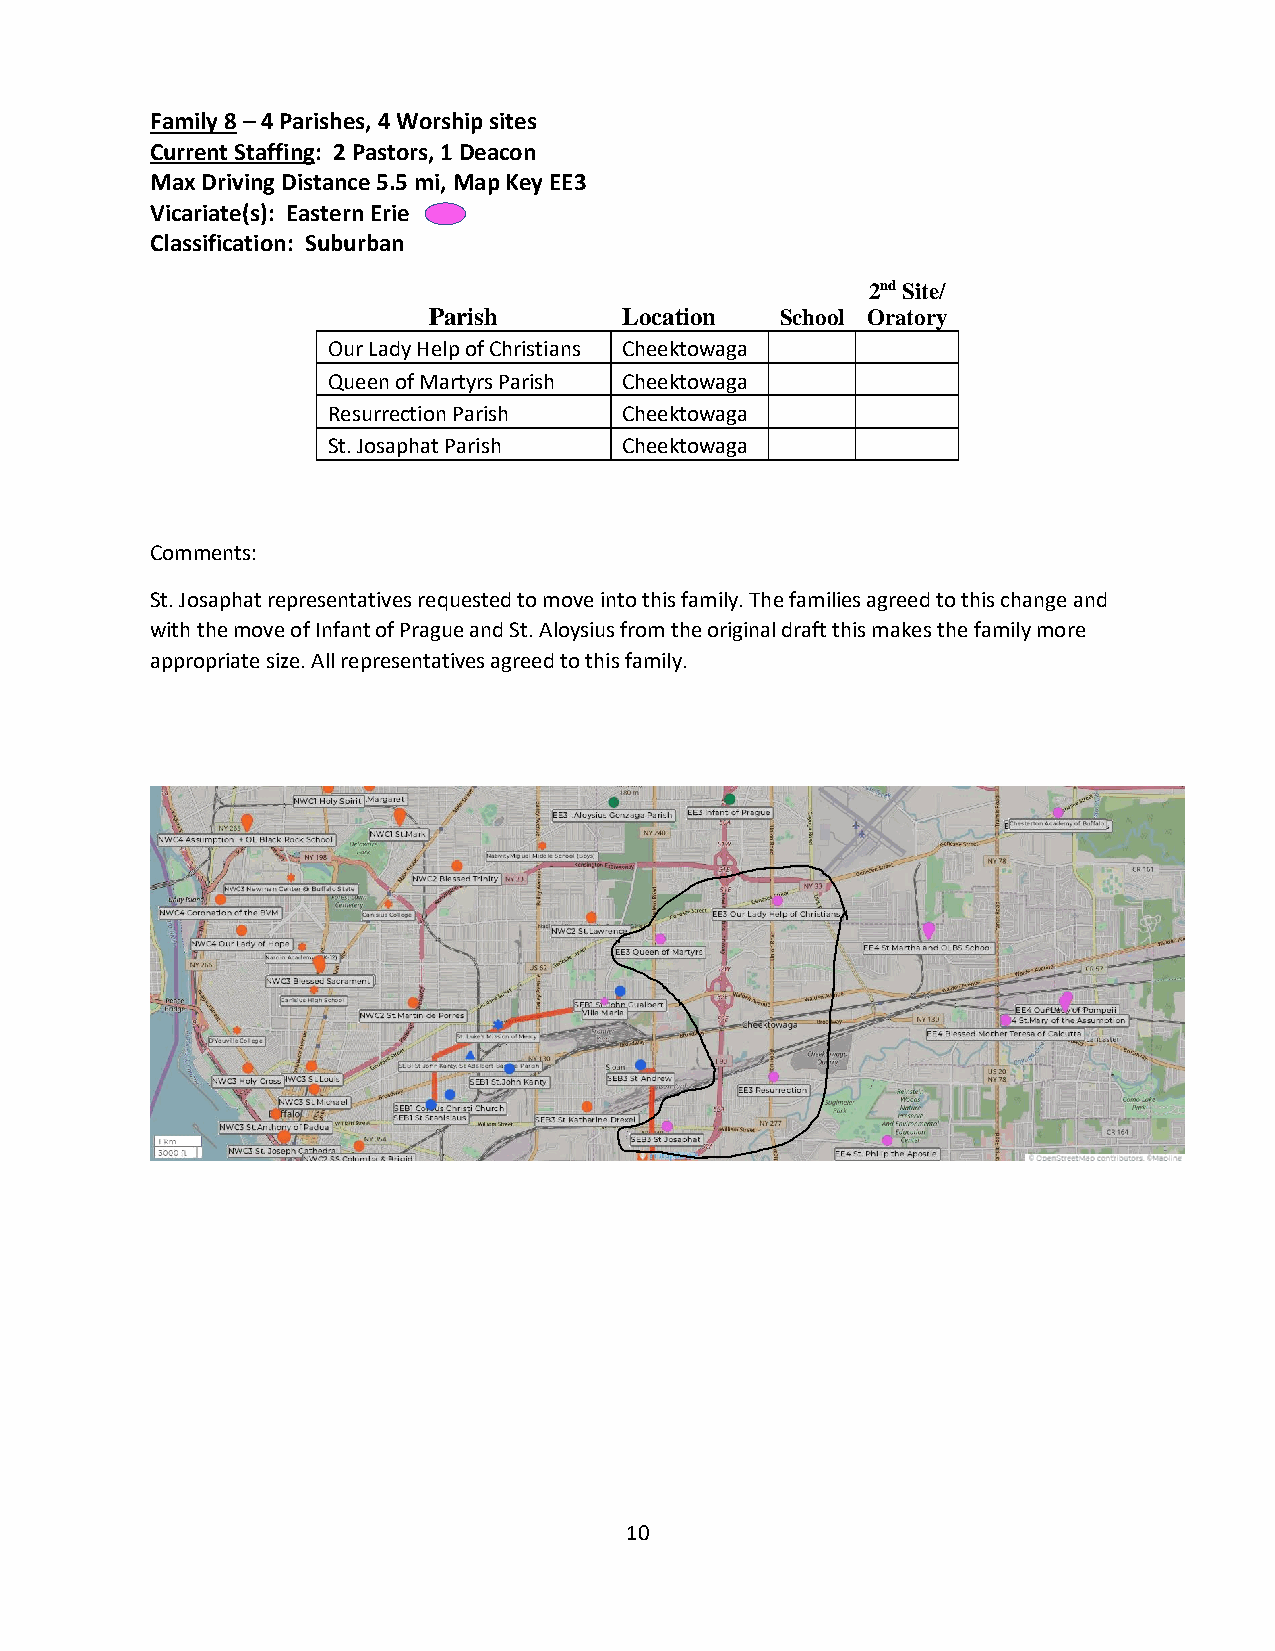
Family 8 – 4 Parishes, 4 Worship sites
 Current Staffing: 2 Pastors, 1 Deacon
 Max Driving Distance 5.5 mi, Map Key EE3
 Vicariate(s): Eastern Erie
 Classification: Suburban
 2nd Site/
 Parish       Location   School Oratory
 Our Lady Help of Christians Cheektowaga
 Queen of Martyrs Parish Cheektowaga
 Resurrection Parish Cheektowaga
 St. Josaphat Parish Cheektowaga
 Comments:
 St. Josaphat representatives requested to move into this family. The families agreed to this change and
 with the move of Infant of Prague and St. Aloysius from the original draft this makes the family more
 appropriate size. All representatives agreed to this family.
 10